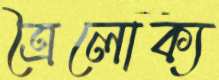
ত্রৈলোক্য